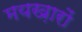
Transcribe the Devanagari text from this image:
मयख़ारों